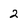
Character: 2